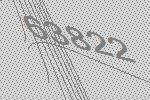
63822